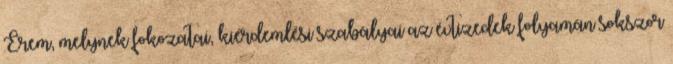
Érem, melynek fokozatai, kiérdemlési szabályai az évtizedek folyamán sokszor